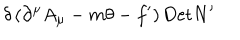
\delta \left( \partial ^ { \mu } A _ { \mu } - m \theta - f ^ { \prime } \right) \mathrm { D e t } N ^ { \prime }